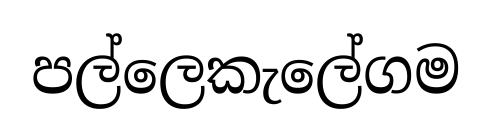
පල්ලෙකැලේගම